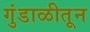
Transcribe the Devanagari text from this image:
गुंडाळीतून